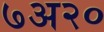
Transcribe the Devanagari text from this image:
७अ२०